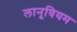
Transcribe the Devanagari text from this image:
लानूवियम